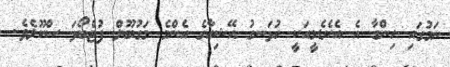
ނަމުގައި ހިންގާ އެ އެކެޑެމީއަކީ ހުޅަނގު އޭޝިއާގެ އެންމެ މަގުބޫލް ފުޓްބޯޅަ ސްކޫލެވެ.